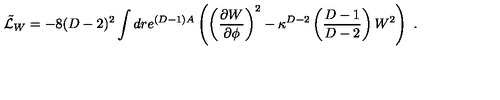
{ \tilde { \cal L } } _ { W } = - 8 ( D - 2 ) ^ { 2 } \int d r e ^ { ( D - 1 ) A } \left( \left( { \frac { \partial W } { \partial \phi } } \right) ^ { 2 } - \kappa ^ { D - 2 } \left( { \frac { D - 1 } { D - 2 } } \right) W ^ { 2 } \right) \ .